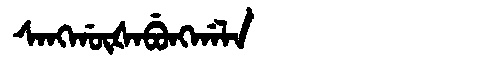
Manchu: ᠰᠠᠩᡤᡡᡧᠠᠪᡠᠩᡤᠠᠯᠠ
Romanization: SANGGŪŠABUNGGALA